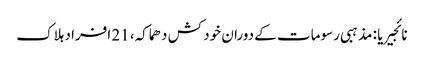
نائجیریا : مذہبی رسومات کے دوران خود کش دھماکہ، 21 افراد ہلاک